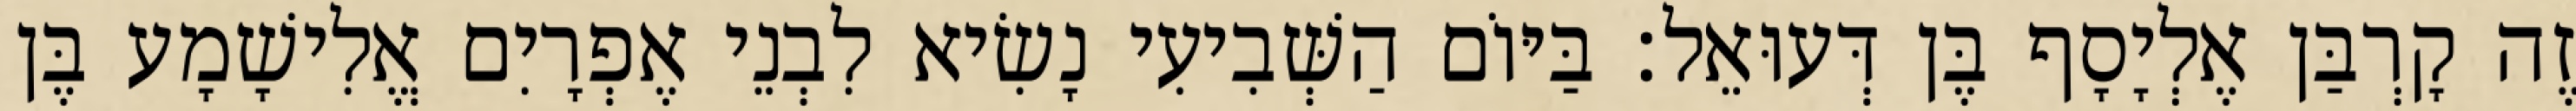
זֶה קָרְבַּן אֶלְיָסָף בֶּן דְּעוּאֵל׃ בַּיּוֹם הַשְּׁבִיעִי נָשִׂיא לִבְנֵי אֶפְרָיִם אֱלִישָׁמָע בֶּן